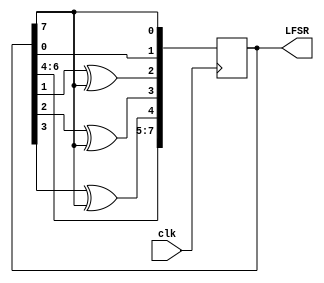
module LFSR_8bit(
  input clk,
  output reg [7:0] LFSR = 255   // put here the initial value
);

wire feedback = LFSR[7];

always @(posedge clk)
begin
  LFSR[0] <= feedback;
  LFSR[1] <= LFSR[0];
  LFSR[2] <= LFSR[1] ^ feedback;
  LFSR[3] <= LFSR[2] ^ feedback;
  LFSR[4] <= LFSR[3] ^ feedback;
  LFSR[5] <= LFSR[4];
  LFSR[6] <= LFSR[5];
  LFSR[7] <= LFSR[6];
end
endmodule